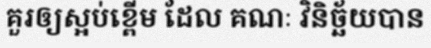
គួរឲ្យស្អប់ខ្ពើម ដែល គណៈ វិនិច្ឆ័យបាន